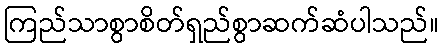
ကြည်သာစွာစိတ်ရှည်စွာဆက်ဆံပါသည်။